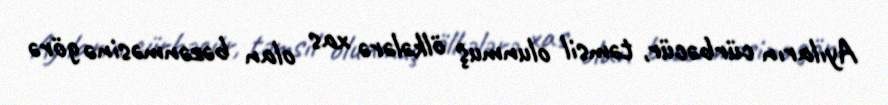
Ayıların cürbəcür, təmsil olunmuş ölkələrə xas olan bəzənməsinə görə